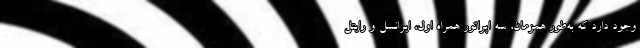
وجود دارد که به‌طور همزمان، سه اپراتور همراه اول، ایرانسل و رایتل